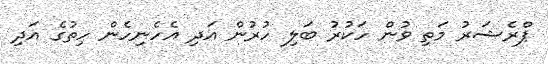
ޕްރެޝަރު މަތި ވުން ހަކުރު ބަލި ހުރުން އަދި އެހެނިހެން ހިތުގެ އަދި